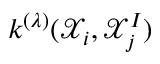
k ^ { ( \lambda ) } ( \mathcal { X } _ { i } , \mathcal { X } _ { j } ^ { I } )